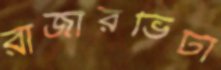
রাজারভিটা